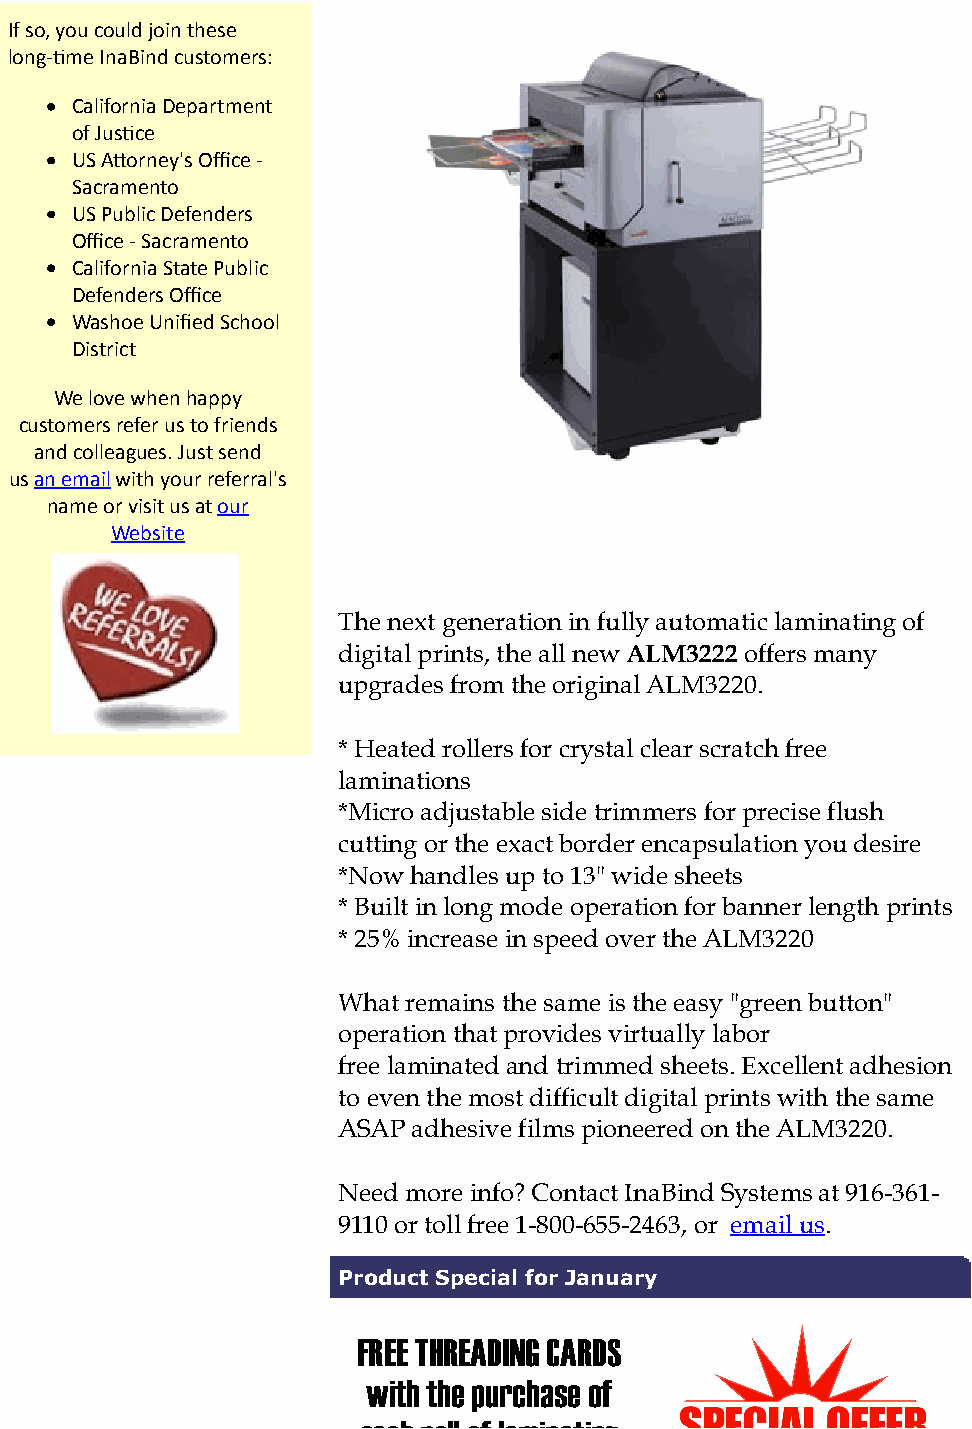
If"so,"you"could"join"these
 long@;me"InaBind"customers:
 California"Department
 of"Jus;ce
 US"AForney's"Office"@
 Sacramento""
 US"Public"Defenders
 Office"@"Sacramento"
 California"State"Public
 Defenders"Office"""
 Washoe"Unified"School
 District""
 We"love"when"happy
 customers"refer"us"to"friends
 and"colleagues."Just"send
 us"an"email"with"your"referral's
 name"or"visit"us"at"our
 Website
 The next generation in fully automatic laminating of
 digital prints, the all new ALM3222 offers many
 upgrades from the original ALM3220.
 "
 * Heated rollers for crystal clear scratch free
 laminations
 *Micro adjustable side trimmers for precise flush
 cutting or the exact border encapsulation you desire
 *Now handles up to 13" wide sheets
 * Built in long mode operation for banner length prints
 * 25% increase in speed over the ALM3220
 What remains the same is the easy "green button"
 operation that provides virtually labor
 free laminated and trimmed sheets. Excellent adhesion
 to even the most difficult digital prints with the same
 ASAP adhesive films pioneered on the ALM3220.
 Need more info? Contact InaBind Systems at 916-361-
 9110 or toll free 1-800-655-2463, or email us.
 Product Special for January
 FREE THREADING CARDS
 with the purchase of
 each roll of laminating